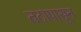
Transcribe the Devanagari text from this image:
तटापासून